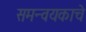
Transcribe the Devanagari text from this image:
समन्वयकाचे